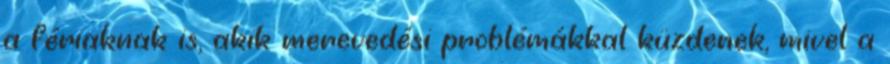
a fériaknak is, akik merevedési problémákkal küzdenek, mivel a